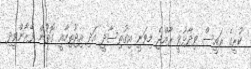
ކުރީގެ ރައީސް ވިދާޅުވީ ރާއްޖެ މިވަނީ އިގުތިސާދީ އަދި އިޖުތިމާއީ ގޮތުން ފޭރާންވީދި